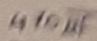
Text: 470µF